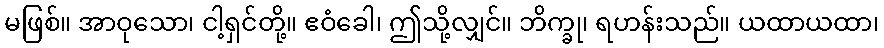
မဖြစ်။ အာဝုသော၊ ငါ့ရှင်တို့။ ဧဝံခေါ၊ ဤသို့လျှင်။ ဘိက္ခု၊ ရဟန်းသည်။ ယထာယထာ၊